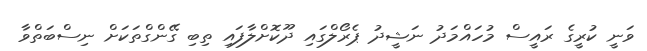
ވަނީ ކުރީގެ ރައީސް މުހައްމަދު ނަޝީދު ޕެރޯލްގައި ދޫކޮށްލާފައި ތިބި ގޭންގްތަކަށް ނިސްބަތްވާ